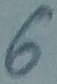
Text: 6